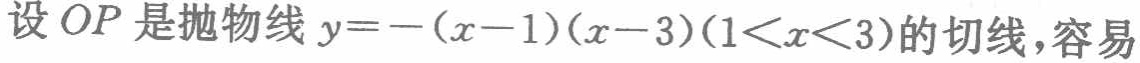
设 \(OP\) 是抛物线 \(y = -(x - 1)(x - 3)(1<x<3)\) 的切线，容易